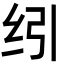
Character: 纼